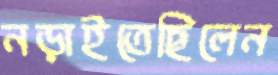
নড়াইতেছিলেন